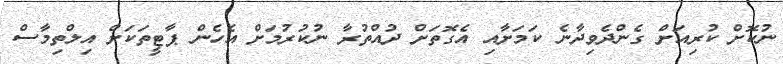
ނުކޮށް ކުރިއަށް ގެންދެވިދާނެ ކަމަށާއި އެގޮތަށް ދުއްތުރާ ނުކުރުމަށް އެހެން ޕާޓީތަކަށް އިލްތިމާސް